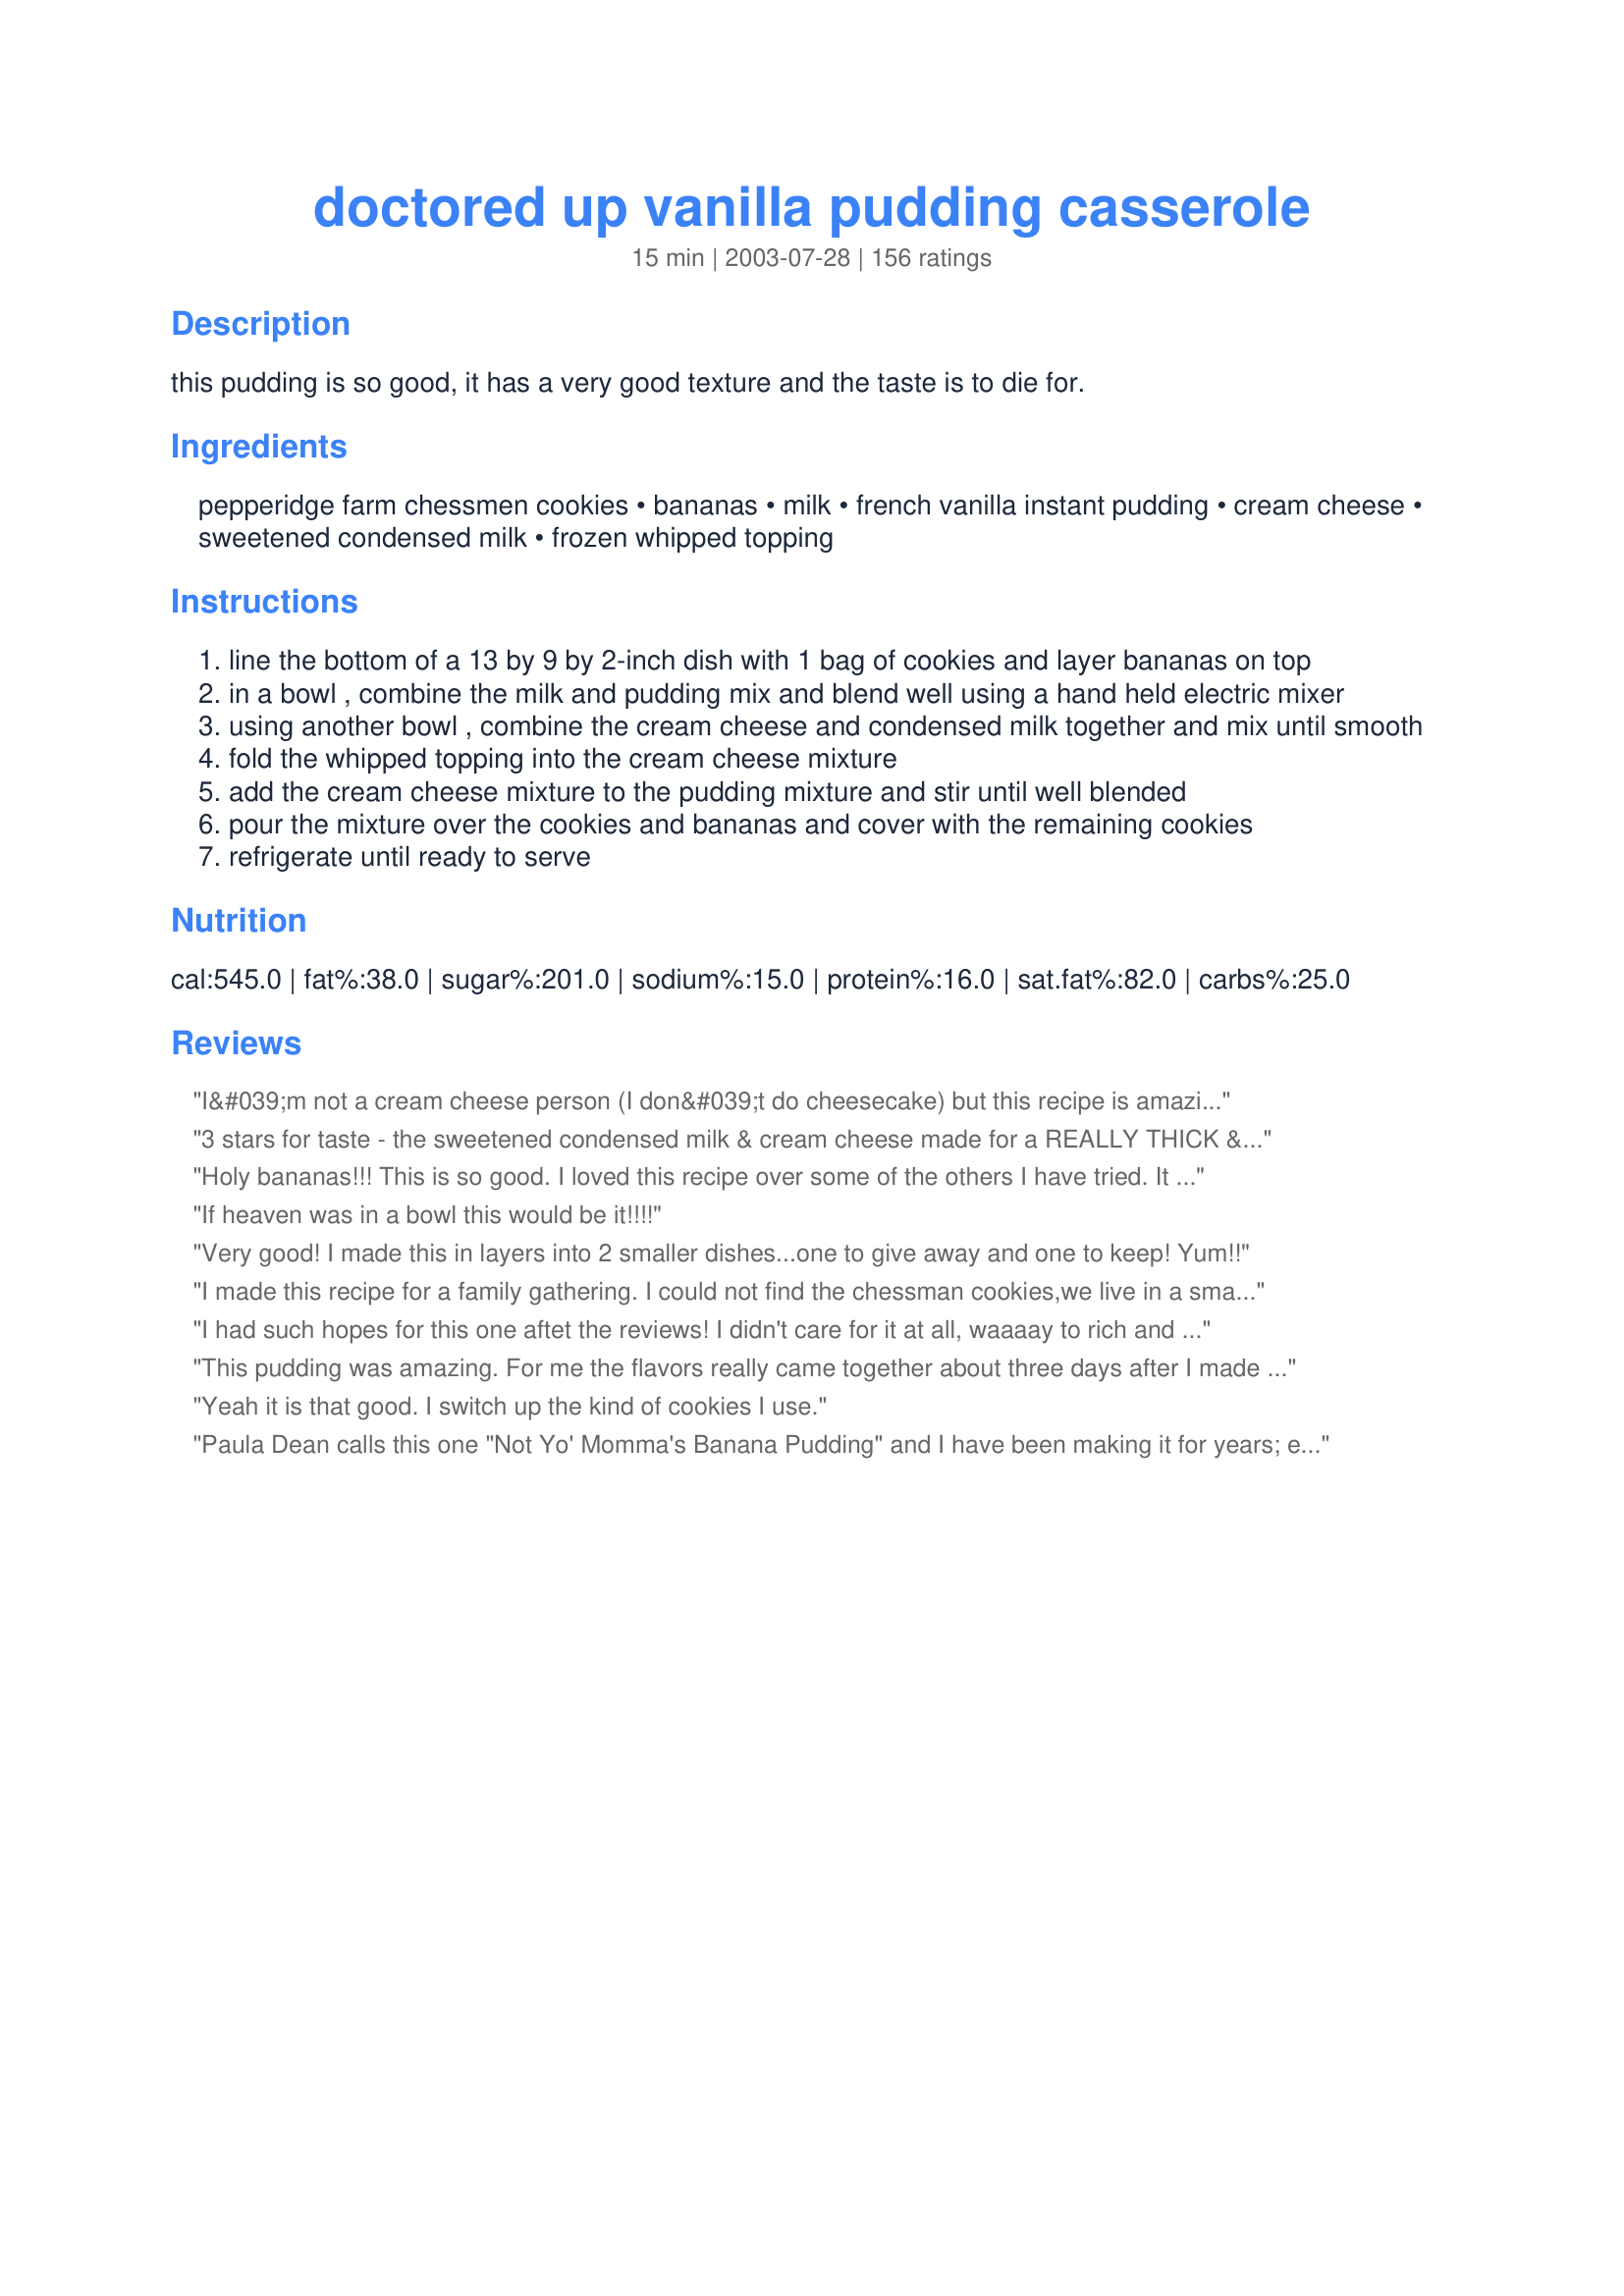
doctored up vanilla pudding casserole
Preparation time: 15 minutes

this pudding is so good, it has a very good texture and the taste is to die for.

Ingredients:
pepperidge farm chessmen cookies, bananas, milk, french vanilla instant pudding, cream cheese, sweetened condensed milk, frozen whipped topping

Steps:
line the bottom of a 13 by 9 by 2-inch dish with 1 bag of cookies and layer bananas on top
in a bowl , combine the milk and pudding mix and blend well using a hand held electric mixer
using another bowl , combine the cream cheese and condensed milk together and mix until smooth
fold the whipped topping into the cream cheese mixture
add the cream cheese mixture to the pudding mixture and stir until well blended
pour the mixture over the cookies and bananas and cover with the remaining cookies
refrigerate until ready to serve

Reviews:
I&#039;m not a cream cheese person (I don&#039;t do cheesecake) but this recipe is amazing! I&#039;ll share something I&#039;ve discovered too, you can actually change it up and do chocolate pudding with oreos on the bottom and it&#039;s sinfully delicious! I&#039;ve done so many variations on this, strawberry cheesecake (you can use two small pudding boxes, it will fill your 9x13 pan to the brim) cookies and cream, chocolate with peanut butter oreos. The combinations are endless and it always gets rave reviews from everyone who tries it. Best pudding recipe ever!
3 stars for taste - the sweetened condensed milk & cream cheese made for a REALLY THICK & somewhat cloying pudding. I prefer pudding from recipe #205372 better for taste & banana coverage. However this recipe gets 5 stars for presentation with the spendy Pepperidge Famr Chessmen & speed of preparation (I was slamming finished dish in fridge 13 minutes after starting to get out ingredients). Thank you, Tams67, for posting - will use this for quick desserts to take to potlucks & reserve the other 'naner pudding for service at home to close friends.
Holy bananas!!! This is so good. I loved this recipe over some of the others I have tried. It is so rich and creamy, delicious. I will continue to make this recipe, its so good. Thank you so much for sharing this recipe with us.
If heaven was in a bowl this would be it!!!!
Very good! I made this in layers into 2 smaller dishes...one to give away and one to keep! Yum!!
I made this recipe for a family gathering. I could not find the chessman cookies,we live in a small town and they were sold out. So I used butter cookies instead. The cheap ones for 99 cents. It still turned out great! The pan was empty in no time!
I had such hopes for this one aftet the reviews! I didn't care for it at all, waaaay to rich and sweet for my tastes. I usually try and avoid things with condensed milk for that reason, so it could just be a personal taste thing with this one. It looked beautiful but just wasn't for us.
This pudding was amazing. For me the flavors really came together about three days after I made it. To make the banana stand out sooner next time I'll change one of the french vanilla packets to banana. I also highly recommend crumbling up the remaining cookies and adding them into the pudding, although that will thicken it considerably if you do so during the mixing phase. I had about 8 extra cookies.
Yeah it is that good. I switch up the kind of cookies I use.
Paula Dean calls this one "Not Yo' Momma's Banana Pudding" and I have been making it for years; ever since the first time I saw her do this one on her show. Make no mistake.... if you take this pudding anywhere you will be hounded for the recipe! The only changes I make now, after having done this recipe so many times, is to crush the 2nd bag of Chessmen into shortbread crumbs to top the pudding; and I also make it a point to refrigerate overnight, as the cookies on the bottom need time to soften. It is even better the second day, if there is any left!!! (That's pretty rare....)You will be the star of any potluck or family dinner if you bring this one--try it and see!
Love it! It has been a success the past three times I made it.

As a bonus, it tastes just as wonderful with fat-free versions of ingredients, i.e. whipped topping, condensed milk, cream cheese, and skim milk.

Thank you for sharing!
It is positively the very best banana dessert I have ever tasted. I have made it twice, once at my sister's house for her, and once last year at Christmas for a special treat for the family. It was raved about both times. I should mention that it makes a very large dessert and would be great for potlucks or other large groups. I am going to experiment to see if I can find a good cookie substitute for the pepperidge farm cookies since they are a little expensive for my budget.
isn't this scrumptious!!! i was going to post it too. we love it, it sooooo creamy and rich. wow!!!!! i don't like bananas, but in this recipe, i do. thank you for posting this incredible recipe
A friend made this for a 4th of July gathering and we almost hurt each other trying to get the last bite. It was the best I've had!!
I loved this recipe. I too thought it was great and made it just a couple of days after viewing the show. It is very rich, and a little goes a long way!!!! Thanks for submitting this recipe for others to enjoy!!!!
One word people....HEAVEN!!!!! This is by far the best banana pudding I have ever had! I used low fat ingredients and crushed the cookies on top. I also like to buy the mini chessmen cookies to put on each serving when I serve this.
Worth locking your family out of the house and eating till you are sick...my belly aches.
This pudding is sinful! I could not stop eating it. Everyone wanted the recipe. I used regular vanilla wafers on the bottom. On top, instead of adding more cookies, I sprinkled on Heath milk chocolate toffee bits. SO YUMMY! I make this again and again.
I've been using this recipe for a couple of years now and keep meaning to write a review. This pudding, as my dad says, is more like a mousse than a banana pudding, and we both mean that as a compliment. The texture is perfect, really creamy without being runny or over-mixed like some puddings end up. The thing I like most is that the recipe itself doesn't use artificial banana flavoring so the pudding on its own stands out. <br/><br/>I use vanilla wafers in mine because I'm southern and that's just what we do, and this time around I added two teaspoons of almond extract because I thought the almond flavor would pop with the other flavors (I was right). And I layer mine kind of like a parfait, with a third of the cookies and half the bananas on the bottom, pudding, another third of the cookies and remaining bananas in the middle, pudding, and then top with whipped cream and the rest of the cookies. I like breaking it up like that so you have multiple layers of bananas since the pudding isn't banana-flavored.<br/><br/>This recipe is delicious, and it's the best banana pudding I've ever had. My dad isn't a fan of the stuff normally but he loves this one.<br/><br/>Oh, and this time I made it, I also used fat free cream cheese and skim milk; neither changed the texture, and it reduces the calories to 391 for 1/12th instead of 545. Just a tip for anyone watching calories.
Wow was this rich! My mom made this for my dad yesterday and I helped. VERY easy to do! The taste was sooo sweet though..and I could only eat the pudding part because I just got my tonsils removed but was still a treat. Thanks:)
10 stars atleast. I cut the condensed milk to half and it was perfect. Wow, so good!!
Wow Wow Wow....I was told by my dinner guests to rate this at a 10.....huge hit....They could not believe the ingredients as it was so rich and creamy...I did us low fat condensed milk and sugar free pudding,and low fat cream cheese...which did nothing to change the richness of the pudding....wonderful recipe...
This is soo good and everyone loves it. I substituted the chessman cookies for walmart brand vanilla flavored cookies(they are not like nilla waffers they are more like the chessman) anyway it turn out awesome and the cookies were great.
This is by far THEE best banana pudding recipe I have ever eaten and when I take this to functions, it goes quickly and it is asked repeatedly for me to make for work pitch-ins. Sometimes I want to make something different!!!! But, I know it is enjoyed and especially good. You will not be disappointed! Try it!
I have made this same recipe, but never with the chessmen cookies (just regular vanilla wafers), so I am anxious to try it with the other cookies. I can tell you that even being a Yankee, I have all the guys at work begging me to bring this in often- and swearing that I make better Banana Pudding than their sweet southern belle wives!! I wonder if they'll like it better with the chessmen cookies?
I can remember the first time I ate this. It was at my husbands family reunion the first year we were married. That was almost 24 years ago. My sister-in-law made it. I have no idea where she came up with the recipe but we have been enjoying it all these years. The only thing differant from Paula's recipe is we used vanilla wafers. When I saw Paula make it some time ago with the chessman cookies I tried it and have been using them ever since. The wafers were good, but the cookies are the best.
I made this for a big family BBQ once and I won first prize in the best banana pudding contest!!!
This is Paula Dean's recipe for "Not Yo Mama's Banana Pudding" and it is ABSOLUTELY DELICIOUS!!! Kudo's for posting the recipe but shame on you for not giving Paula Dean credit. PERFECT, EASY, and QUICK!!!
Amazing banana pudding. I'll never go back to Nilla wafers again. I can't believe I just wrote that, but it's true. To die for.
This is an excellent banana pudding recipe. I made it for a school function and people were scraping the bottom of the pan to get the last little bit of it! I've made it several times and have learned to make two 8x8" pans instead of one 13x9 pan. That way I can keep one and give the other away - before I eat it all!
the best banana pudding ever. very yummy
Terrific recipe! Everyone loved it. Next time I will brush my banana slices with lemon juice, that is the only thing I would change!
The best banana pudding ever! I also got the recipie from Paula Dean. It's always a crowd pleaser. The cookies are a little expensive but so worth it. Be careful not to crush the cookes.
Outstanding.... 10 stars if I could give that rating. I saw it on Paula"s show and have made it several times on special occasions. A big hit at our house. Going to use pistachio pudding for Christmas.
Awesome!!!!!!!!!!!!!!!!!!!!!!
Rich, buttery chessman cookies beat nilla wafers anyday! And sweetened condensed milk made this creamy and smooth. What a wonderful pudding. thanks!
My sister-in-law (the one who "can't cook") made this the first Christmas after she and my brother were married. She subtituted Pepperidge Farm Gingerbread Men for the Chess Men. Now we have her make it whenever the whole family is together. I was looking for something to bring to Easter at a friend's house and called her for the recipe.
This is very good- very rich! I have made it twice now with heavy cream and Cool-Whip. No one could tell the difference. I mixed the bananas into the wet ingredients. I found that the flavors come together better if left to chill for a few hours before eating. I had a taste before putting it in the fridge and didn't like it. After chilling, I think it tastes like an excellent, sweet banana cream cream pie. Thanks for posting this recipe!
*Update* I still am asked to bring this to holiday parties. It's so fattening as is, so I've been subbing neufetchal for cream cheese, and use fat-free condensed milk and cool-whip. Not one person noticed in the past two years! The dish is always emptied, and I'm always asked to make it again. I really can't tell the difference either.
Woo Hoo! This was a great dessert. I halved the recipe, as we are a small family and it still turned out great. It was easy to make and two days later it still tastes good. Thank you for the great recipe Tams67. UPDATE: Tams67, someone at work offered to PAY me to make this. It's that good! Sue
OMG!! This is really really good!!!!
This was wonderful. I did add just a touch of sour cream to cut down on the sweetness, about 1/4 cup. I will be making it again. Thanks for the great recipe. Gloria
SO AWESOME!! I make it with my own homemade whipped cream instead of the Cool Whip and don't add as much powdered sugar as I normally would. It was fantastic. Everywhere I go, people want me to bring this. Little do they know how simple it is. ;-)
Love this recipe but I did make it with vanilla wafers once when I forgot to get the chessman cookies and it was good that way too, and less expensive :) Either way it's a keeper!!!
This is very yummy! I only used 8 oz. whipped cream and it was perfect. Everyone raved and wanted the recipe. I will definitely use this one again.
Soooo Good!! I used sugar free pudding mix and sugar free whipped topping, and used the 1/3 less fat cream cheese. I also increased the amout of milk until the pudding consistancy was where I wanted it (probably 1 cup more). I crushed up some of the wafers and sprinkled them on top just to make it look prettier. And finally, I refrigerated it for several hours before serving to let the cookies soften up.
This was great. I halved the recipe in a 9X13 and the one substitution I made (and god please forgive me) I used Lorna Doones. It was off the charts. It did taste better the next day when the lorna doones got a little soft but they were still firm. OMG!!!!!!!
This recipe is amazing! I got more compliments from this recipe than anything I have ever made. The only suggestion I have is to mix the cream cheese and whipped topping first, so they are smooth.
This is the exsact recipe my friend made at work. and my husband lost!!! So i came on here knowing only the basics that it called for. THIS IS THE BEST BANANA PUDDING EVER! the only thing i did diffrently is i added a tsp of vanilla to reg. vanilla pudding and i used coconut bars instead of shortbread cookies.
I was a little concerned when I decided to make this recipe, since it was different than the one I usually make (everyone loves and is used to)! However, let me assure you, it was Delicious!! Everybody loved it! They also thought it looked "fancy" :) Mouthwatering, in fact I wish I had some right now!!
WOW! If I could give this 10 stars I would. It was so delicious and so delectable. Everyone loved it and went for seconds and thirds. I would not change a thing to this recipe. I did it exactly as described and it was PERFECT!!! Thanks Tam67
I got this recipe from my aunt a short while ago, and it was excellent! One change she insisted I make, and I'm not mad that I did, was to add a teaspoon of vanilla extract to the cream cheese/condensed milk mixture. I also followed the instant pudding (I used Jell-O Instant Vanilla) recipe to the letter, and it only called for one cup of milk. Either way, it was GRRRREAT! I'm so glad that my idea to crush the cookies on top wasn't a new one...I was clowned for doing so, since my fiance's family was used to seeing whole cookies on top (I only bought one bag, and was trying to stretch them out! I did end up buy another...) I would definitely make this one again.
Thick, luscious, rich and creamy! This banana pudding is heavenly. I really enjoy the chessman cookies over the vanilla wafers in other recipes. I didn't have french vanilla pudding so I used a combo of plain vanilla and a little cheesecake pudding. Turned out wonderful. Will be my new go-to recipe for banana pudding.
The best banana pudding I have ever tasted. I love the Chessman cookies! This recipe is definitely a keeper.
I love this stuff! Such a nice, full of flavor, fattening, rich banana pudding;). This is definitely "Not Yo Mama's Banana Pudding". What a great recipe from Paula Deen!
Everyone enjoyed this rich dessert.
It sure does make a lot!
Fifteen stars~ This is so incredible~ It is easy to prepare,looks great and the taste is well...I almost fell out of my chair~ i did top each serving with real whipped cream~this improves with age :)&the chessman cookies make this recipe!
Very good. I loved the chessman cookies.
I LOVED this!!! The only things I did differently were to use regular vanilla pudding instead of French Vanilla and I layered it. AWESOME!!! Thanks.
Very nice taste. So that it would not be overly sweet, I made my own whipped cream and did not add sugar (but I did throw in a little frangelica). If this is your first time making banana pudding, make sure you use very ripe bananas. Mine were underripe and the tastes didn't blend as well as I would have liked. Also, let it sit for a while so that the cookies get soft. I used Nilla Wafers and the pudding tasted much better the next day. Thanks! Will make again!!
In the words of one of my guests _Girl you really put your foot in this_ and I'm pretty sure that was a compliment. I made just as written and it was the star of my weekend cookout. The texture is smooth and creamy, the cookies are so much better than vanilla wafers plus they make a pretty guide on top for serving portions (I had 20 cookies on top). It actually gets better as it sits. A repeater for me!
I had made this recipe for the first time after seeing it on the Food Network being prepared by Paula Deen. I agree with all previous reviews, it is one great pudding. It is a bit too sweet for my taste, I think because of the sweetened condensed milk the recipe calls for....BUT let me assure you, that didn't stop me from licking my bowl clean....nor will it stop me from making it again and again.
This is a great recipe, I gave it to one of my friends and then everyone wanted it. It's just very expensive to make. This is Paula Deens recipe!!!
Love it. Always a crowd pleaser. Easy to make.
Yes, another 5 star review. I made this using a pkg of flower shaped butter cookies and using homemade sweetened condensed milk(Recipe #73863), everything else was the same. The result was delicious. My whole family agreed. This was a lovely addition to our Thanksgiving feast and one more thing to be thankful for. Thanks, so much, for posting this recipe.
I normally make my banana pudding with vanilla wafers but this looked really good so I tried the chessman cookies instead. I don't eat bananas so I didn't try any but my DH and guests raved over this pudding.
Great stuff, though a little rich so you can't eat a lot. Might take another reviewer's suggestion and add a 1/2 c of sour cream next time to cut back on the sweetness some.

I used regular vanilla pudding with some vanilla added to it. (What I had on hand.) I used recipe #14062 for the sweetened condensed milk and it worked great.

Will definitely be making this again!
DELISH! Made this earlier this week. Used Fat Free Sugar Free Banana Cream pudding, light cream cheese, fat free condensed milk, and light cool whip. Still very decadent! We were not going to be able to have it all at once so I made the pudding mixture and then spooned that into dessert dishes with sliced banana on top along with 2 cookies standing up in the pudding. Nice presentation and the cookies didn't get all soggy. Will definitely make this again. Thanks for posting.
Amazing! I prepared the recipe as stated, and it was so delicious. I made it for my southern, traditional banana pudding loving family, and they LOVED it. It definitely has a unique, rich flavor. My husband commented on the Chessmen Cookies; they really add a wonderful, warm buttery flavor. Using this recipe or a traditional recipe, I will never incorporate boring vanilla wafers again. Gotta love Paula Deen!
This is wonderful! It's also in Paula Deen's latest cookbook and she calls it: "Not Your Mama's Banana Pudding". I made it today for some pilots and the CEO at our municipal airport and I heard nothing but raves. One pilot who's wife's a professional chef didn't want to try it because he said he only eats his wife's food, was persuaded to at least taste it...he ate 2 bowls and proclaimed it the best he'd ever had. I used half and half in place of the milk and added 1/4 tsp. of almond extract to it.

A coworker of mine brought this to a pot luck. It was sooooo good I went in search of the recipe. Made it for the first time myself and it was really good. Used a 16 counce container of whip cream, and it was a bit too much. Will stick with the 12 ounces next time. I just didn't want to waste the extra whip cream. It was still wonderful though. :D Much better than Nilla wafers. Thanks!
I took this to a luncheon and everyone raved...this is a keeper recipe. Thank you for posting.
Rachel Castle
Just tried this after seeing Paula Deen make it on FoodTV. They called it "Not Yo'Mama's Banana Pudding". I call it awesome!! You could serve it to anyone and they would love it. The Chessmen cookies and cream cheese take mama's banana pudding to a whole new level.
Wow was this ever yummy! The kids kept asking for more. I had to hide it so they didn't get sick! This is one recipe I don't ever want to lose!
This is excellent! I've made it a few times and was looking to print it again when I noticed my earlier review was missing. Turns out, this recipe is also posted as #67781 -- a winner either way -- Mahalo for posting!
This is different pudding than what we are used to in Texas, but it is now our favorite.
Great! Made a lot and my family loved it!
The BEST banana pudding I have ever had!!! I have made this a couple of times since watching Paula make it on her show. A 10 star recipe if you ask me, or anyone in my family!!
I do not care for Banna Puddin", but this is to die for. I used it in one of my cooking classes after seeing it on Paula Deen's show, and I think it is all over Mississippi now! :-)People can;t get enough and all want the recipe.
LOVE LOVE LOVE this bananna pudding!! After reading reviews I did a few things different than what the recipe called for. I added 1/4 tsp. almond to the pudding and after mixing everything together, I added one bananna to the pudding as well. I also used Mothers butter cookies as they were much cheaper than the Chessmen. I covered a large glass serving bowl with the cookies, added a layer of banannas than a layer of pudding, than a layer of banannas than a layer of pudding etc. until all was used. The pudding was in my refrigerator for about 19 hours before we served it and the flavors were nicely incorporated and the banannas did not turn brown. THANKS for the GREAT recipe!!
This is INCREDIBLY delicious! The texture is phenomenal, and the recipe is really very easy. I substituted Nilla Wafers for the Chessmen cookies and that worked out fine. The only drawback: this is in NO way a low fat recipe. But I do have to say, it's worth putting on the extra pounds !
Best banana pudding recipe I've ever made. Period. There are only two of us at home, so I use half this recipe, and it serves as our dessert for the next couple of days. I like using the Chessman cookies, but any flat butter cookie will do. Thanks for posting!
Simply wonderful! I too crushed the cookies on top, it gives the dish a nicer finish I think.
I have used this recipe many times for gatherings. Everyone always ask for the recipe. The Chessmen cookies add that bit of extra something, but I've substituted other butter cookies too.
I just finished making a pudding very similar to this (by request, for a potluck). Thought I would post the recipe because it is so well liked. Actually, my husband just walked in and said, 'what are you doing, trying to improve on your awesome banana pudding?!' The recipe I use calls for the classic vanilla wafers and uses 3 cups of milk instead of 2. But, I am definitely going to try the chessman cookies next time. When I want to 'dress up' this dessert a little I use a trifle bowl instead of the 9 by 13. It is always a hit. Oh yeah, I also suggest to make it many hours ahead or the night before. Thanks for posting Tams67!
OUTSTANDING! I have been eating Banana Pudding all my life, it was ok once in a while, but that's it. Well, this version is fantastic. This will now be something I make often for my family as it was gobbled up ! I only had vanilla wafers on hand when I spotted this recipe, so that's what I used, was still great. Now I bought Chessman cookies to try it with, can't wait to see if any better, can't imagine this dish being any better than what we already experienced! Thanx for a new take on an old classic !
I also do a low fat version, by substituting almost everything out with fat free or low-fat items. And I use the mini Chessman cookies in the 100 calorie packs as well, it takes about 3 boxes of those since there are only 5 packets in eahc box.

It cuts the fat and calories drastically but no one can tell I've switched to the low fat version!!

it's a family favorite!!
Made this dessert at Thanksgiving and everyone loved it. It's richer than just plain Banana Pudding that I remember with the vanilla wafers. Has a nice change of taste with the cream cheese and chessmen cookies. The cookies make a nice presentation to the top of the pudding. Definitely will make again.
This was nothing short of fantastic!!! I served it with carmel sauce and without and I think I prefer it without, but either way you can't loose! Thankyou so much for this wonderful desert.
This was wonderful! Everyone loved it!
People raved about this when I took it to gathering recently. It was gone in a matter of minutes. I changed a few things, based on the reviews. I used Nilla Wafers to line the bottom instead of the Chessman cookies, and I crumbled many of the remaining wafers and sprinkled them on top before placing the Chessmans on the top. Also, instead of 12 ounces of whipped topping, I bought and used an 8 oz container of Cool Whip. As for the pudding, I bought a 3 oz package of French Vanilla flavor and a 5 oz package of Banana Creme, and added about 2 ounces of the banana creme to the 3 oz of French Vanilla (I wanted some banana flavor, but did not want it to taste too much like artificial banana). This was such a successful recipe; I've already shared it with several people who inquired about it and I will undoubtedly make this a regular go-to. Also, the Chessman cookies on top make the dish look incredibly appealing. Thank you for posting this one.
Excellent! This was the first time I have added cream cheese and sweetened condensed milk to my banana pudding and it adds great flavor. I will be making my banana pudding this way from now on. Thanks for the recipe.
I make this all the time and just noticed that I had never reviewed it. As someone said, it's to die for. Sometimes when I want to kick it up a notch, I add a few fresh raspberries or blackberries to the banana layer. Other than this, I make the recipe exactly as written. Great banana pudding. Not for those counting calories though! LOL
Brought this to cookout and everyone loved it. I make it in a trifle dish with dreamgoddess's pecan pie cupcakes crumbled in layers instead of cookies as somehow i did something wrong making them and they were crumbly anyway. Loved this.
Unforgetably Good fOR sURE! You will be thanked by everyone for making this i swear! It's So GooD even the banana haters will love it i guarantee!
Whole family loves this pudding. We definitely prefer Chessman cookies over the typical Nilla Wafers! I've even made just the pudding part and substituted a banana cream instant pudding for the vanilla and then served in it parfait glasses with a Chessman cookie stuck in the top. Looked great and still had the banana taste without the bananas (I happened to be out out the time) It was great. This stuff disappears fast. Chessman cookies don't get as mushy as Vanilla wafers do. This is a family favorite.
I'VE rated this a five star but I came up with an idea. I made to much filling as I was tripling the ingredients. So what I did with the leftovers is frosted a angle food cake with great results everybody thought it was delicious.
We love this recipe!! Actually, I got the recipe off of Food network, and was looking here to see if anyone had posted it yet. We think it is the best banana pudding ever!! Try it, and you will never make banana pudding any other way.
Great banana pudding recipe! We have really enjoyed this yummy dessert this weekend. To me, it keeps tasting better and better the longer it sit in the fridge. Thanks! :-)
Very rich, creamy, and sweet just the way traditional Banana Pudding *is* in the south. I had to use regular vanilla instant pudding mix and vanilla wafers, but it made a decadent dessert anyway. Can't wait to make it exactly as written for my born-in-the-south SIL, he will love it! Thanks.
This is very rich but so good. Every time I make this dessert everyone at home and at work goes wild! I have never meet anyone who does not like this banana pudding.
I use sweetened whipped cream(if you are going to all this trouble, use the best). Also refrigerate until ice cold - I think it's better this way.


Made this today and it was yummy!! I didn't not use the chessmen cookies because I could not find them, just use regular nilla wafers, but the pudding part was really good!! I will keep making this and when I find chessman cookies, I will make them with those!! THANKS!!
I had to add my stars as well. I'm not sure why, but I couldn't find the chessman cookies. I liked the idea of something other than the usuall 'nilla wafers, so I used Biscoff cookies. You know - those oh so yummy cookies that are served on long flights and to first class (not that I know about first class!) This is certainly worth a try, and not a lot of trouble for what you get in the end. Thanks for sharing!
the best 10 stars
I've made this several times, and this is great! I usually use fat free everything, and it's just as tasty!
This is the perfect banana pudding, but for you chocolate lovers, substitute vanilla pudding for chocolate pudding and the chessman cookies for oreos!!! Talk about good.....you can do it with or without bananas.
This is an exceptional recipe. I served at a party and the fact that the cookies were not mussy was pointed out time and again. The pudding is fluffy and delicious. This is more about the pudding and the bananas than the cookies. YUM!
I made this after seeing Paula Deen make it on the Food Network. She called it "Not Your Mama's Banana Pudding." And she was right! Was a huge hit a a potluck at work. Had to make fresh whipped cream as I have some people at work who don't care for coolwhip. Great recipe--and it the Pepperidge Farm cookies are a bit pricey for you any good butter cookie will work, I've used Lorna Doones and it still tastes great.
I've never had banana pudding before, so I wasn't sure what to compare it to, but it was very similar to my Banana Cream Pie. I picked up a box of Mini Chessmen at Wal-Mart, and they were very cute on top! I used 2 boxes of vanilla pudding and 3 cups milk. The steps seemed kinda weird to fold in the Cool Whip, and then add something like the condensed milk, but I followed anyway. This was very, very sweet, even for my big sweet tooth, I could barely eat much. But my nephews loved it, so the 3 stars are for them.
Made this yesterday afternoon and the only change I made was to use Bordeaux cookies by Pepperidge Farms instead of the Chessmen cookies (our grocery was out of Chessman).

All I can say is if you want a bite, you better get yours first. The whole pan was gone in about an hour.

THANKS for the great recipe!!!
if you're "old school cooked version banana pudding lover", go find a cooked version. If you just love creamy desserts. This is an excellent recipe. Either short bread Chessmen or Nilla wafers work just fine. It won't matter which cookie once it's covered in this creamy goodness. Easy recipe to feed large gatherings or church functions...just double the recipe.
The sweetened condensed milk and cream cheese made this recipe much more special than ordinary banana pudding. For the milk, I used 1 cup of half and half and 1 cup of milk. I also used the extra creamy Cool Whip. I loved the idea of using the Chessmen butter cookies instead of vanilla wafers. I took this to a Thanksgiving dinner and everyone who ate it said it was good. Thanks, Tams67!
This is a recipe courtesy of Paula Deen called "Not Yo Mama's Banana Pudding". I know this because I was going to post up her recipe after trying it and loving it. I think you should give credit where credit is due.
This is just amazing and I should have written a review over a year ago because I've been serving it to rave reviews for that long. I have had several people who have told me that it tastes just like their own very labor intensive from scratch recipe. I make it just as you have it listed and wouldn't change a thing!
I've made this banana pudding many, many times. It really is the best EVER!! The only tip I have is to use any broken cookies on the bottom layer, and save all the pretty ones for the top!
Thisis paula deen&#039;s receipe!!!!
Like this recipe but mine is the same, Not Yo? Mama?s Banana Pudding by Paula Deen
Absolutely Perfect!!! This was a big hit at my big family dinner. This recipe made me look wonderful!!! I wouldn't change anything. Thanks for a great recipe!!!
this banana pudding recipe is the best ever! never make another one, this is it. it's perfect!
This was absolutely INCREDIBLE! I wasn't sure I'd be crazy about it, because a) I've sort of lost my taste for instant pudding and b) I'm not really a big cream cheese fan. However, this is definitely the easiest, tastiest dessert I've tried in quite a while! I used one package of regular Chessman cookies and one of chocolate Chessman cookies and alternated them, which I would highly recommend. I also used banana cream pudding in place of french vanilla (which I couldn't find in the store) and it was fabulous. I brought this dessert to a class pot luck, and everyone loved it. Perfect for a warm spring night! Thanks so much for sharing this Paula Deen classic; I'll be making it again!
Yes, i know yet another reveiw for this recipe. But, i'm sorry, I can't help it. I love bananas so I figured i'd try this recipe out. Let me say that I made this April 29th and I since then have made it 3 more times and it has been eaten up everytime it is made. I don't make any changes to the recipe (although one time I had to use regular vanilla pudding instead of french vanilla due to the supermarket not having any, It was still amazing) By the way, Make sure you make it a day ahead of when you want to use it. the cookies need time to soften and the bananas need time to flavor the pudding. Yes, it's fattening, yes, It's sweet. But who cares? It's good. Beyond good...Amazing. Thanks for sharing.
I use this recipe all the time...it's awesome! I live low carb so I use sugar-free/fat-free everything except the cookies (can't skimp on those). I also make my own condensed milk with Splenda (#412496)...I know it cuts the sugar content in this desert! And no one is the wiser!! It gets rave reviews always...then they're surprised when I tell them...hehehe.
Paula Dean knows what she's doing! :) I'm able to successfully bribe my boss for almost anything with this pudding... *drumming fingers together like Mr Burns* EEEEEXCELLENT!
I have made this recipe several times for large crowds and it is always a hit. I love the difference of using the chessmen cookies instead of vanilla wafers.
Excellent recipe-made it exactly as written except I crushed the cookies for the topping. Thank you Tams67 for sharing this wonderful recipe.
I made this for a friends birthday since he really enjoys his grandmothers version. He said it was good, but not the tradtional way to make banana pudding. Thanks will keep.******revised****** august 19th....So new update my BF askedme to make this again saying that he loved it way more than his grandmothers!!! Please try this!
Wonderful! I halfed the recipe and put in an 8x8 pan. I'm not a huge banana pudding fan, but hubby is. This is sooo good that I'm gonna have to change my tune about banana pudding, altough, as it has been stated before, this ain't yo' mama's banana pudding.
This recipe is spectacular - the Chessmen cookies elevate it beyond the ordinary, and the French Vanilla and fresh banana flavors come together really nicely. Having had it once, I'll be looking for excuses to make it again.
This is to-die-for banana pudding.....the chessman cookies add something special taste-wise, as well as in the presentation. You'll hear lots of moans and groans, and nary a drop left! Don't lose this one!
Wow this was great!! I've had other versions of this, but this one combined my favs, condensed milk and cream cheese, yum! I used banana pudding and french vanilla cool whip.The cookies are soo good and so cute! I only put them on the top because the cookies are big and not the cheepest cookies either but worth it. instead i put a thin layer of pudding then a layer of bananas then the rest of the pudding then cookies. It was such a beautiful presentation too. Absolutely five stars :)
This is very good pudding! I used Lorna Doone crumbs instead of Chessman cookies (it's what I had) and plain instant vanilla pudding. I used fat free/sugar free pudding and whipped topping. The cream cheese was 1/3 less fat and milk was 1%. Still delicious, creamy, full of flavor and much lower in fat and calories (approx. 300 vs. 545!). Will be making this again. Thanks for posting.
I've been making this three years now and can't believe I havent reviewed it yet. It's was a hit from the start and now its considered mandatory that I prepare it every Thanksgiving (In honor of Grandma, who always brought the banana pudding, but we've all agreed that this recipe is way better. Sorry Grandma.) I prepare it in two 8x8 dishes instead of the 9x13 since it makes so much for our small family. So now it's a family tradition around here to barter the other half our banana pudding for whatever new dessert my friend prepares.<br/>Small changes I've made: I use Banana Cream flavored jello pudding for a more banana flavor, I brush my sliced bananas with lemon juice to keep them from browning so fast (keeps it looking pretty for the big day, since I make it the night before) and while I layer whole chessman cookies on the bottom, I crush the rest (minus two, one for each dish) and sprinkle them on top with a whole cookie in the center.<br/>Thank you so much for sharing!
This is an outstanding recipe. I have made it several times since seeing it on Paula's show. Now I don't have to look through the foodtv web site or my loose papers for the recipe anymore. If you remotely like banana pudding, you'll love this!
Brought it to a potluck & it went sooo fast! Everyone loved it. I agree that the Chessman cookies are what make it! Thanks for sharing Paula's recipe :)
I made this for a get together..It turned out PERFECT!!!
Made this for company holiday party and got rave reviews. Everyone loved it and was simple to make.
Im giving this banana pudding 5 stars but not from me...from EVERYONE who ate it tonight at Thanksgiving dinner. I myself am not a fan of bananas so I dont eat this dish, but I did however taste a bit of the pudding mixture while making it and my goodness it was delicious! When I took it to my aunt's, I let them know that I had never made banana pudding before and I made it only for my contribution to the meal and it got gobbled up within 20mins! People were asking for more even after the dish was empty and saying it was THE BEST banana pudding they had ever had and raved about how different it was. I felt like a star tonight b/c of this recipe!
Oh my gosh where to begin, this banana pudding was fantastic. The only problem I had was that Pepperidge Farm Chessmen Cookies at my grocery store was $3.00 a bag. I found that a little expensive for my budget. So I used vanilla wafers instead. I will definitely make this again. The taste and texture are perfect. Perhaps I will use the chessman cookies when I am making this for company.
I saw Paula Deen make this a few years ago, and I have made it for special occasions ever since. It is extremely rich and delicious and always a crowd pleaser even to those who think they don't like banana pudding. I make a few modifications. I layer the pudding mixture and bananas instead of just putting all the bananas on the bottom layer. Instead of placing additional cookies on top of the dish, I top it with cool whip and crushed heath bars. It may sound strange but it is a divine combination of textures and flavors. My family and friends love this and request it often. It is a tad on the overly sweet side, so you may want to cut back just a bit on the sweetened condensed milk if you do not like cloyingly sweet desserts. Either way, this is a winner!
I made this after seeing the recipe on Paula Deen's web site (or the Food Network.) I really liked the taste of the pudding, but wasn't real happy with the cookies. So I used my regular Vanilla Wafers and put a little more milk in the pudding to make it a little runny so that it would run down in the bananas and cookies and it makes a wonderful Banana Pudding. Everyone who eats it begs for the recipe.
I seen something like this on Paula Deen's show. Can't wait to try it!
This recipe was TOTALLY AWESOME!!!! I am being requested to make it over and over again. iT'S GREAT. THANKS SO MUCH.
This is Paula Deen&#039;s recipe and it is absolutely delicious. Best banana pudding I&#039;ve ever had.
Excellent, thank you!
OMG! This looks so yummy! I made this recipe last night to take to a work picnic tomorrow. I cannot WAIT to try it! I used exactly 6 sliced bananas, 2 cups of fat free milk (that is the only milk that I had!), a 3.4 ounce box of pudding (I couldn't find the 5 ounce box - I hate that!) and a 12 ounce container of Cool Whip thawed out. I made my husband lick the spoon that I stirred everything with and he said "MMMM." He's my tester of new recipes. It was hard to keep my daughter away from the cookies so I saved her a few....5 or so! That's it...the rest went into the recipe. I lined the bottom of the 13 x 9 pan with the 1st bag of cookies (whole); when I topped the pudding with the 2nd bag, I put them into a food processor and made crumbs instead of just whole cookies. I'm sure it will taste great at our picnic and I will update my review afterward. Thanks for the fun and easy recipe. I have to post my picture yet so that will be forthcoming. I'm starving.......

Well, I'm back from my work outing and everyone loved it. Even the bosses wife came up to me as I was leaving and said that she had to have the recipe. Actually just finished emailing it to her. She totally made my day! Thanks again for such a perfect recipe!!!!!!!!!!!!
Love it, Love it, Love it!!! I made this banana pudding recipe for the 1st time and it was everything a banana pudding should be. It&#039;s so creamy and rich! The ingredients blend perfectly. I would of never thought to use Chessman cookies. This is my ultimate favorite recipe now...
This is really good banana pudding! I made it for my husband's family's Christmas Eve potluck dinner. As would be the case, I couldn't find Chessman cookies when I needed them for this dish so I substituted regular shortbread cookies. I think it turned out nicely. (Of course I'm finding Chessman cookies all over the place now but that's another story). The family thought this was good pudding and I had a couple of requests for the recipe. Thanks for a nice alternative.
Perfect Banana Pudding! I think the Chessmen cookies are wonderful, but I just can't do banana pudding without vanilla wafers! I have made this recipe with the Chessmen, but I opt now to layer with vanilla wafers on the bottom, then again in the middle. Nothing on top. I get raves whenever I make this, and I will be treating myself to some for Mother's Day! Thanks for posting this great recipe.
I have made this before and it was devoured. Really good!
This recipe is delicious! I took it to a pot luck at our church during a missions conference on a Monday and everyone absolutely loved it...so much so that hoped that I would bring it again on Wednesday. I really love that the cookies stay firm and don't get soggy like vanilla wafers do. I would highly reccomend this recipe to even the pickiest eaters.
This is how my mother and older brother make their banana pudding after seeing Paula Dean make it (her's is called not you're mama banana pudding) and its always a battle over who is going to get the bowl to lick after its all said and done.
I have made this many times! It is easy to put together and everyone loves it. I have also made it with regular vanilla wafers and it still turns out wonderful!
Thanks for a recipe I thought was lost! I believe this is what my brother used to make but after he and my mom died we thought it was lost for good. I used 'nilla wafers instead of chessmen like someone else did. When I served it to my company he said "OMG This is the best banana pudding I've ever eaten! Umm...Don't tell my grandmother I said that!" LOL Thanks so much for putting it on the 'zaar for me to find again!
Yes, I saw this on Paula Deen's show and it is terrific. I love alot of her recipes.
I have made this recipe for my kids for years now- it is often requested (by some of the older relatives as well ;) ) Not Yo' Mama's Banana pudding is DELICIOUS!!
It’s way too sweet when using the whole can of condensed milk, I use just half the can and an 8 oz cool whip. This makes it perfect . I now double the recipe to use the whole can and it still disappears quickly. This makes it firmer when scooped or sliced. This is also requested at all family gatherings. I have also used this pudding recipe on my own crusts
A friend if my brother's made this recently for my Mom's 79th Birthday Party and people went crazy for it! One guy took half of it home after eating the other half ( of a 9X13)!!! Good thing she made LOTS!!! None was left after a very short time!!! It's really delicious and easy to make. She didn't put the cookies on the top and, personally, I liked it better that way. She also used a wire whip to mix the pudding and milk together, Me too, and it worked well.
